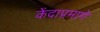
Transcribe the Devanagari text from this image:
केंदाप्रमाणे